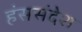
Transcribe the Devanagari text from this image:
हंससंदेश